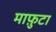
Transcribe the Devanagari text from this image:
माफ़ुटा